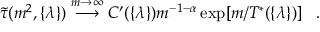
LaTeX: \tilde { \tau } ( m ^ { 2 } , \{ \lambda \} ) \stackrel { m \rightarrow \infty } { \longrightarrow } C ^ { \prime } ( \{ \lambda \} ) m ^ { - 1 - \alpha } \exp [ m / T ^ { * } ( \{ \lambda \} ) ] \; \; \; .